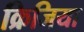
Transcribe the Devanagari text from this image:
क्रिजिया